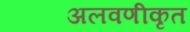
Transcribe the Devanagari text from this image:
अलवणीकृत